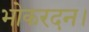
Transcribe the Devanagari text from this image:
भोकरदन।